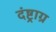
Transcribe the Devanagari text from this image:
दंष्ट्राग्र